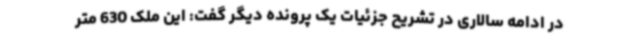
در ادامه سالاری در تشریح جزئیات یک پرونده دیگر گفت: این ملک 630 متر